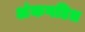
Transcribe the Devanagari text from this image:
अंकगडित